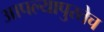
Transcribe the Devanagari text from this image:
आपल्यापुरतेच